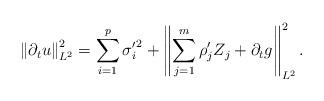
LaTeX: \begin{align*} \left\|\partial_t u\right\|_{L^2}^2 =\sum_{i=1}^p {\sigma_i'}^2+\left\|\sum_{j=1}^m\rho_j'Z_j+\partial_t g\right\|^2_{L^2}.\end{align*}